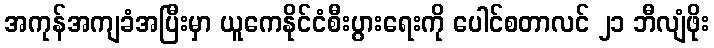
အကုန်အကျခံအပြီးမှာ ယူကေနိုင်ငံစီးပွားရေးကို ပေါင်စတာလင် ၂၁ ဘီလျံဖိုး